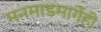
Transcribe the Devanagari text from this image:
मनमाडमार्गेही